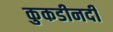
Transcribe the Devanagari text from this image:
कुकडीनदी